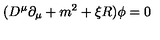
( D ^ { \mu } \partial _ { \mu } + m ^ { 2 } + \xi R ) \phi = 0